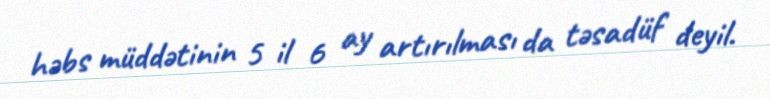
həbs müddətinin 5 il 6 ay artırılması da təsadüf deyil.